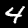
Label: 4